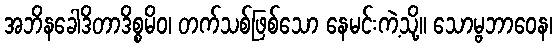
အဘိနခေါဒိတာဒိစ္စမိဝ၊ တက်သစ်ဖြစ်သော နေမင်းကဲ့သို့။ သောမ္ဗဘာဝေန၊